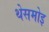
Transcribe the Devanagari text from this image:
थेसमोइ